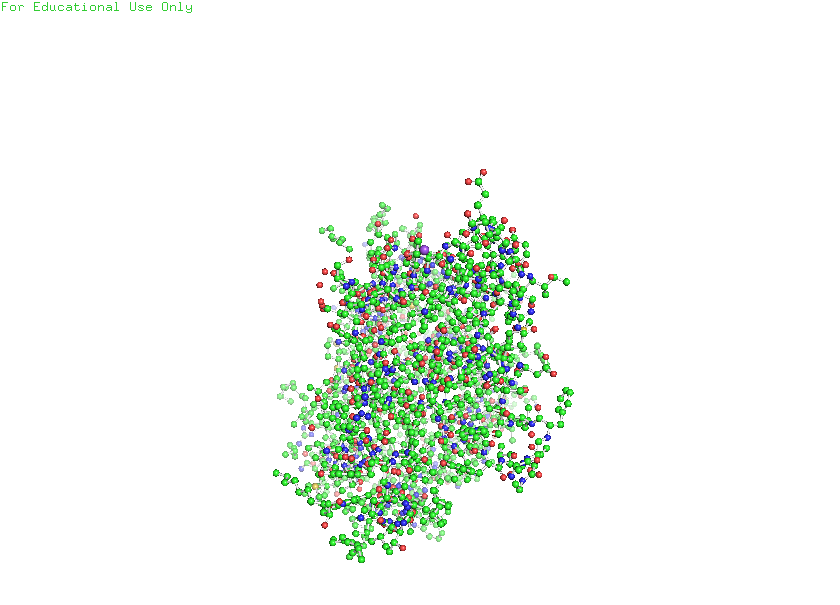
pymol, preset, ball_and_stick